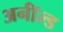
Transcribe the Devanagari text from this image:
अर्नॉल्ड